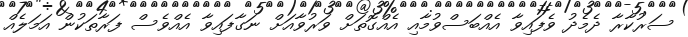
ސަރުކާރާ ދެމެދު ވެފައިވާ އެއްބަސްވުމާއި އެއްގޮތަށް ވަރުވާއަށް ނަގާފައިވާ އެއްވެސް ފަރާތަކުން އަމަލެއް